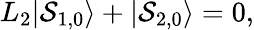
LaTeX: L_{2}|\mathcal{S}_{1,0}\rangle+|\mathcal{S}_{2,0}\rangle=0,